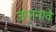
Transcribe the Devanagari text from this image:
जातनावे